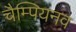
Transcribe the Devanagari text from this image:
चैम्पियनव